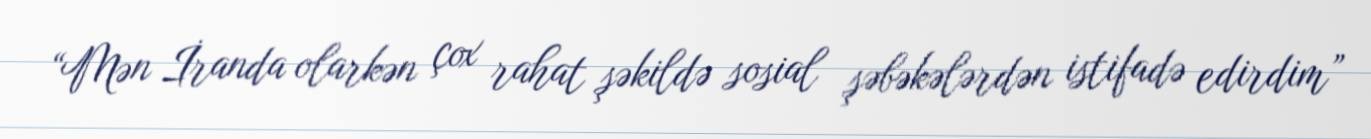
“Mən İranda olarkən çox rahat şəkildə sosial şəbəkələrdən istifadə edirdim”